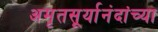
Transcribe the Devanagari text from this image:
अमृतसूर्यानंदांच्या